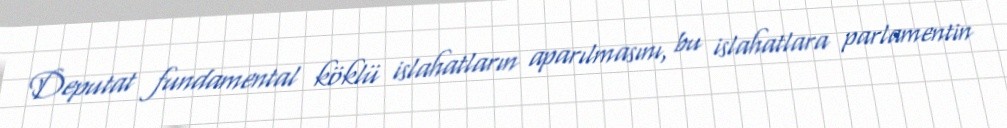
Deputat fundamental köklü islahatların aparılmasını, bu islahatlara parlamentin